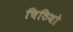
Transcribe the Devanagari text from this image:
चिठियो